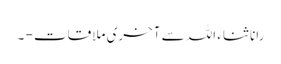
رانا ثناء اللہ سے آخری ملاقات - ۔